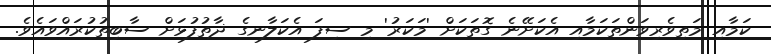
ކަމާއި މަތިވެރިވަންތަކަމާއި އެކަށޭނެ ގޮތަކަށް 'މަކަރު' މި ސިފަ އެކަލާނގެ ޛާތުފުޅަށް ސާބިތުކުރައްވައެވެ.